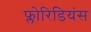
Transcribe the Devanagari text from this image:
फ्लोरिडियंस